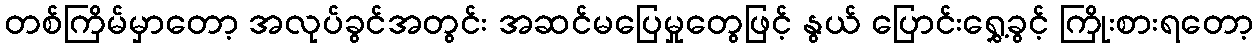
တစ်ကြိမ်မှာတော့ အလုပ်ခွင်အတွင်း အဆင်မပြေမှုတွေဖြင့် နွယ် ပြောင်းရွှေ့ခွင့် ကြိုးစားရတော့